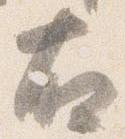
右